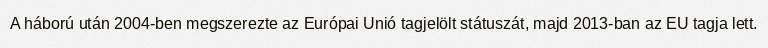
A háború után 2004-ben megszerezte az Európai Unió tagjelölt státuszát, majd 2013-ban az EU tagja lett.